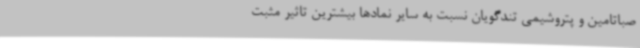
صباتامین و پتروشیمی تندگویان نسبت به سایر نمادها بیشترین تاثیر مثبت